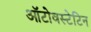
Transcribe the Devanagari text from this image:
ऑटोवस्टेटिन